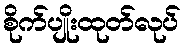
စိုက်ပျိုးထုတ်လုပ်